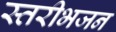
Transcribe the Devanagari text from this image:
स्तरीभजन